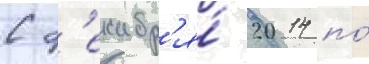
С д'екабр'я́ 2014 по́